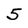
Character: 5